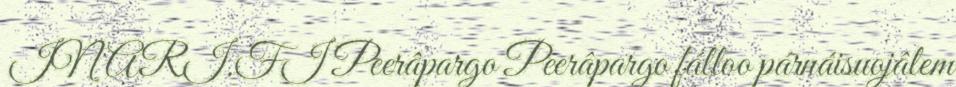
INARI.FI Peerâpargo Peerâpargo fálloo párnáisuojâlem